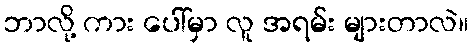
ဘာလို့ ကား ပေါ်မှာ လူ အရမ်း များတာလဲ။